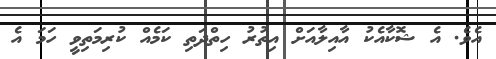
އެވެ. އެ ޝޮކާއެކު އާއިލާއަށް އިތުރު ހިތްދަތި ކަމެއް ކުރިމަތިވީ ހަމަ އެ